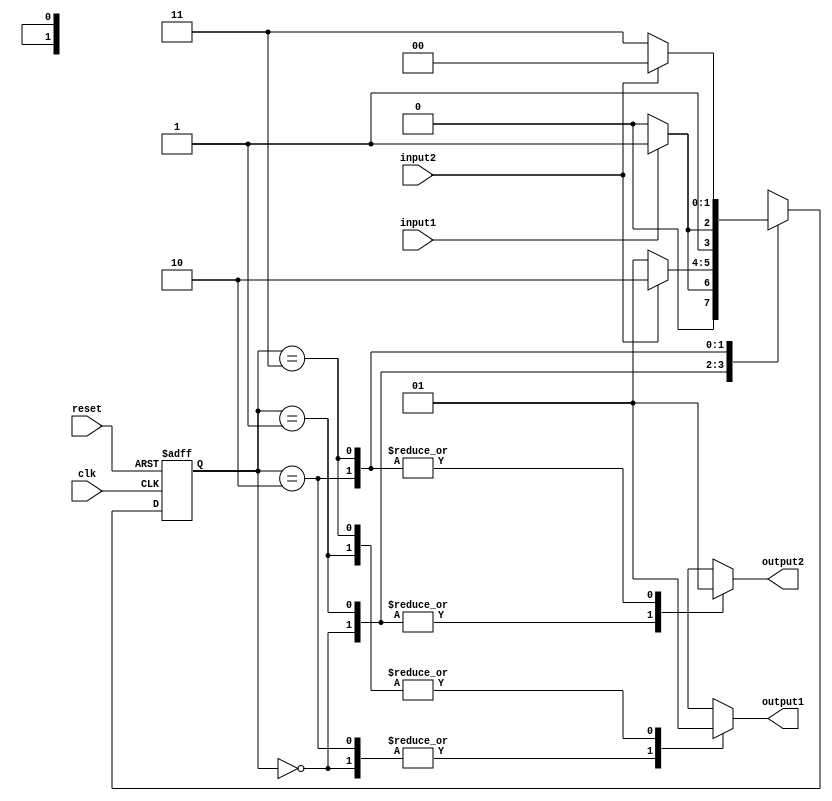
module state_machine (
    input wire clk,
    input wire reset,
    input wire input1,
    input wire input2,
    output reg output1,
    output reg output2
);

parameter S0 = 2'b00;
parameter S1 = 2'b01;
parameter S2 = 2'b10;
parameter S3 = 2'b11;

reg [1:0] state, next_state;

always @(posedge clk or posedge reset) begin
    if (reset) begin
        state <= S0;
    end else begin
        state <= next_state;
    end
end

always @(*) begin
    case (state)
        S0: begin
            if (input1) begin
                next_state = S1;
            end else begin
                next_state = S0;
            end
        end
        S1: begin
            if (input2) begin
                next_state = S2;
            end else begin
                next_state = S1;
            end
        end
        S2: begin
            if (input1) begin
                next_state = S3;
            end else begin
                next_state = S2;
            end
        end
        S3: begin
            if (input2) begin
                next_state = S0;
            end else begin
                next_state = S3;
            end
        end
        default: begin
            next_state = S0;
        end
    endcase
end

always @(*) begin
    case (state)
        S0: begin
            output1 = 1'b0;
            output2 = 1'b0;
        end
        S1: begin
            output1 = 1'b1;
            output2 = 1'b0;
        end
        S2: begin
            output1 = 1'b0;
            output2 = 1'b1;
        end
        S3: begin
            output1 = 1'b1;
            output2 = 1'b1;
        end
        default: begin
            output1 = 1'b0;
            output2 = 1'b0;
        end
    endcase
end

endmodule